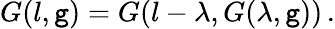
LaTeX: G(l,\mathtt{g})=G(l-\lambda,G(\lambda,\mathtt{g}))\, .